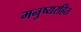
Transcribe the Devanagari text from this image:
मनुष्यरहित